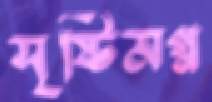
সৃষ্টিমগ্ন